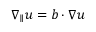
\nabla _ { \parallel } u = \boldsymbol { b } \cdot \boldsymbol { \nabla } u